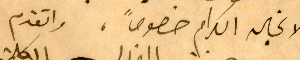
ولانجاله الكرام خصوصاً، واتقدم